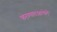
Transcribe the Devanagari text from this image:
करण्यातआलेले